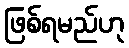
ဖြစ်ရမည်ဟု